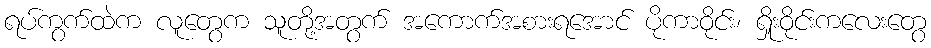
ရပ်ကွက်ထဲက လူတွေက သူတို့အတွက် အကောက်အစားရအောင် ပိုကာဝိုင်း၊ ရှိုးဝိုင်းကလေးတွေ